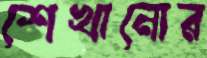
শেখানোর